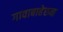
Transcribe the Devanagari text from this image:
गावाबाहेरुन